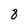
Character: 8